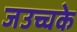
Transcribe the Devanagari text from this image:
जउच्चके